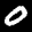
Label: 0